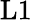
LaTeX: \mathrm{L}1